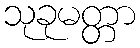
သုခုမတ္တာ